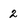
Character: 2